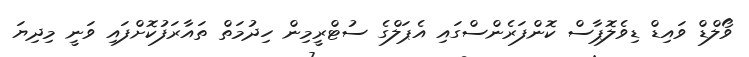
ވޯލްޑް ވައިޑް ޑިވެލޮޕާސް ކޮންފަރެންސްގައި އެޕަލްގެ ސުޓްރީމިން ހިދުމަތް ތައާރަފުކޮށްފައި ވަނީ މިދިޔަ